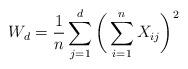
LaTeX: \begin{align*}W_d = \frac{1}{n} \sum_{j=1}^d \bigg( \sum_{i=1}^n X_{ij} \bigg)^2\end{align*}